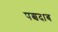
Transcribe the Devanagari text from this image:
पश्चदाब